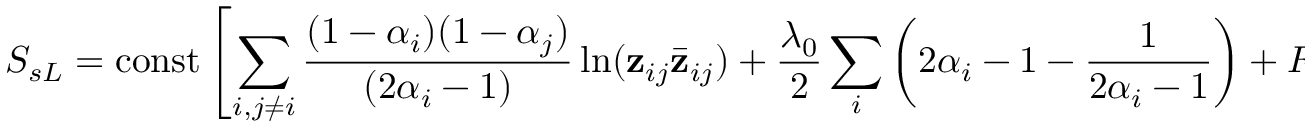
S _ { s L } = \mathrm { c o n s t } \left[ \sum _ { i , j \neq i } \frac { ( 1 - \alpha _ { i } ) ( 1 - \alpha _ { j } ) } { ( 2 \alpha _ { i } - 1 ) } \ln ( { \bf z } _ { i j } { \bar { \bf z } } _ { i j } ) + \frac { \lambda _ { 0 } } { 2 } \sum _ { i } \left( 2 \alpha _ { i } - 1 - \frac { 1 } { 2 \alpha _ { i } - 1 } \right) + F [ \alpha ] \right] .